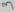
Text: 3